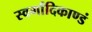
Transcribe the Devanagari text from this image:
स्वर्गादिकाण्डं